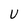
Character: U